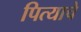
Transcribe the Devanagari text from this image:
पित्‍याचे